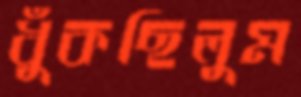
ধুঁকছিলুম